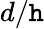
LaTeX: d/\mathtt{h}